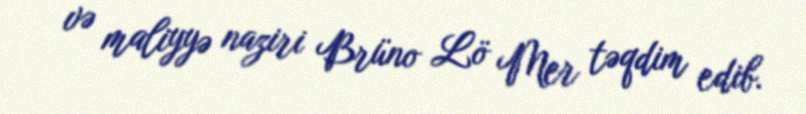
və maliyyə naziri Brüno Lö Mer təqdim edib.